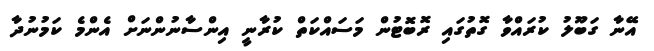
އޭނާ ގަބޫލު ކުރައްވާ ގޮތުގައި ރޮބޮޓުން މަސައްކަތް ކުރާނީ އިންސާނުންނަށް އެންމެ ކަމުނުދާ